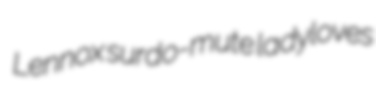
Lennox surdo-mute ladyloves